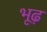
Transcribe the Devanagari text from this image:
भूढ़